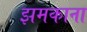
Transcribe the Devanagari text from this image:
झमकाना